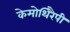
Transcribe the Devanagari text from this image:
केमोथिरैपी